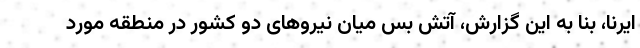
ایرنا، بنا به این گزارش، آتش بس میان نیرو‌های دو کشور در منطقه مورد